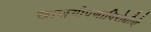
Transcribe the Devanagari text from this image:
खाजगीपणाविरोधीचे